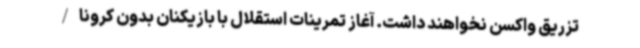
تزریق واکسن نخواهند داشت. آغاز تمرینات استقلال با بازیکنان بدون کرونا/